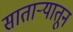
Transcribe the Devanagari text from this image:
सातार्‍यातून